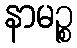
နာမဉ္စ